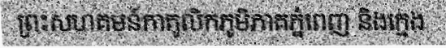
ព្រះសហគមន៍កាតូលិកភូមិភាគភ្នំពេញ និងក្មេង